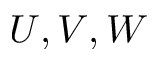
U , V , W